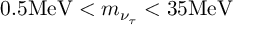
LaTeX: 0 . 5 \mathrm { M e V } < m _ { \nu _ { \tau } } < 3 5 \mathrm { M e V }